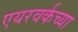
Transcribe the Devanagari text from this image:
एयरवर्कच्या